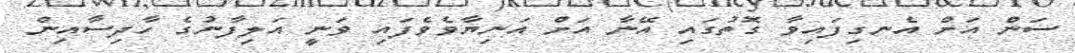
ސަން އަށް އެނގިފައިވާ ގޮތުގައި އޭނާ އަށް އަނިޔާވެވެފައި ވަނީ އަލިފާނުގެ ހާދިސާއިން